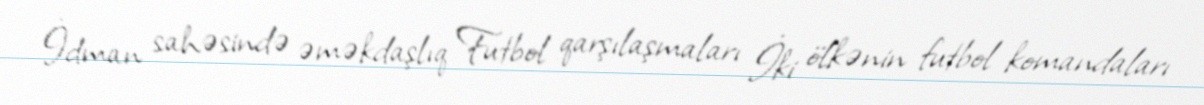
İdman sahəsində əməkdaşlıq Futbol qarşılaşmaları İki ölkənin futbol komandaları